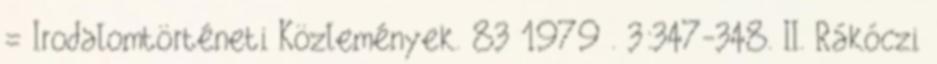
= Irodalomtörténeti Közlemények. 83 1979 . 3:347-348. II. Rákóczi